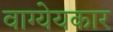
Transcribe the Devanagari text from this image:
वाग्येयकार